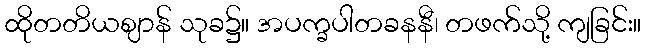
ထိုတတိယဈာန် သုခ၌။ အပက္ခပါတခနနီ၊ တဖက်သို့ ကျခြင်း။